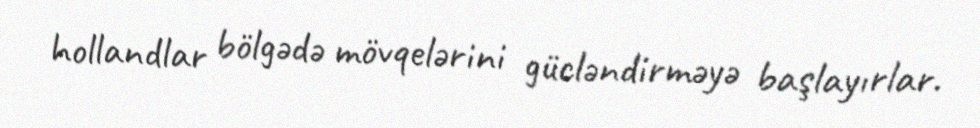
hollandlar bölgədə mövqelərini gücləndirməyə başlayırlar.